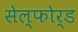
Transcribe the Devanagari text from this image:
सेल्फोर्ड